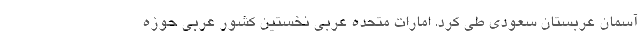
آسمان عربستان سعودی طی کرد. امارات متحده عربی نخستین کشور عربی حوزه